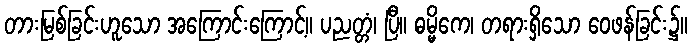
တားမြစ်ခြင်းဟူသော အကြောင်းကြောင့်။ ပညတ္တံ၊ ပြီ။ ဓမ္မိကေ၊ တရားရှိသော ဝေဖန်ခြင်း၌။